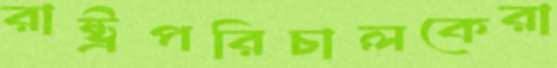
রাষ্ট্রপরিচালকেরা